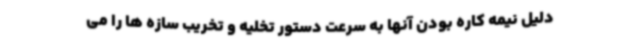
دلیل نیمه کاره بودن آنها به سرعت دستور تخلیه و تخریب سازه ها را می